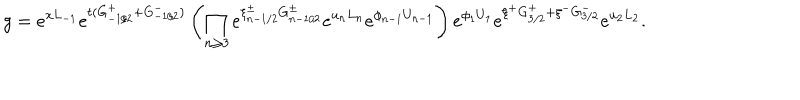
g = e ^ { x L _ { - 1 } } e ^ { t ( G _ { - 1 / 2 } ^ { + } + G _ { - 1 / 2 } ^ { - } ) } \left( \prod _ { n \geq 3 } e ^ { \xi _ { n - 1 / 2 } ^ { \pm } G _ { n - 1 / 2 } ^ { \pm } } e ^ { u _ { n } L _ { n } } e ^ { \phi _ { n - 1 } U _ { n - 1 } } \right) e ^ { \phi _ { 1 } U _ { 1 } } e ^ { \xi ^ { + } G _ { 3 / 2 } ^ { + } + \xi ^ { - } G _ { 3 / 2 } ^ { - } } e ^ { u _ { 2 } L _ { 2 } } .